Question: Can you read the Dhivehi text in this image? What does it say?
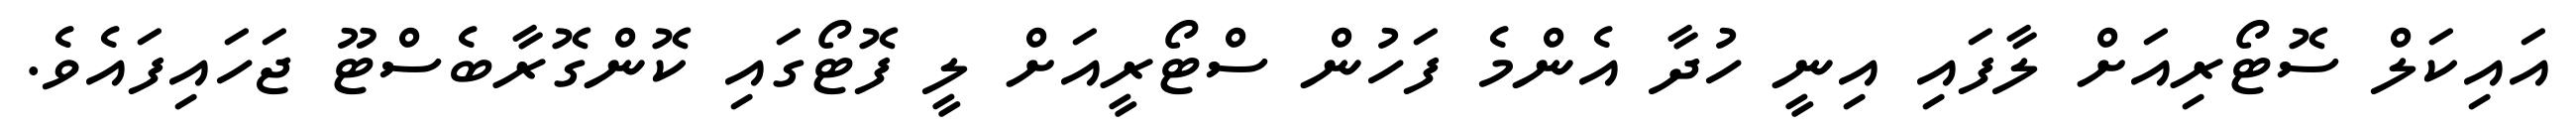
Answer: އައިކަލް ސޮޓޯރިއަށް ލާފައި އިނީ ހުދާ އެންމެ ފަހުން ސްޓޯރީއަށް ލީ ފޮޓޯގައި ކޮންގޮރާބެސްޓޫ ޖަހައިފައެވެ.